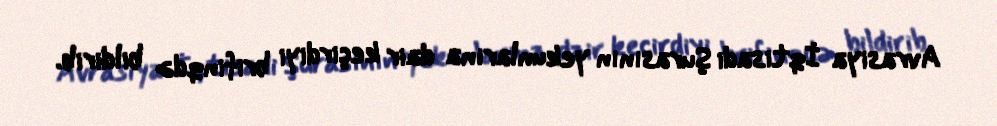
Avrasiya İqtisadi Şurasının yekunlarına dair keçirdiyi brifinqdə bildirib.